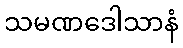
သမဏဒေါသာနံ